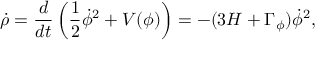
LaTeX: \dot { \rho } = \frac { d } { d t } \left( \frac { 1 } { 2 } \dot { \phi } ^ { 2 } + V ( \phi ) \right) = - ( 3 H + \Gamma _ { \phi } ) \dot { \phi } ^ { 2 } ,